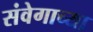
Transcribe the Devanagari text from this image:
संवेगाच्या